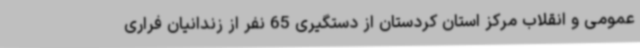
عمومی و انقلاب مرکز استان کردستان از دستگیری 65 نفر از زندانیان فراری